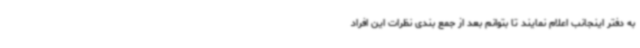
به دفتر اینجانب اعلام نمایند تا بتوانم بعد از جمع بندی نظرات این افراد